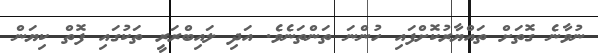
ނުވާނެ ގޮތަށް ތައްޔާރުކޮށްފައި ހުންނަ ތަންތަނެވެ. އަދި ލައިބްރަރީ ތަކުގައި ފޮތް ކިޔަން